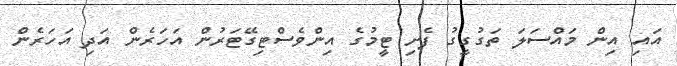
އައި އިން މައްސަލަ ތަގުގީގު ފެށި ޓީމުގެ އިންވެސްޓިގޭޓަރުން އަހަރެން އަދި އަހަރެން